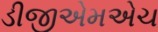
ડીજીએમએચ